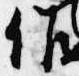
作